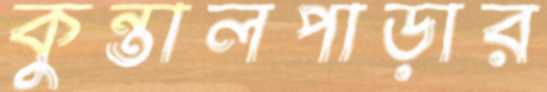
কুন্তালপাড়ার